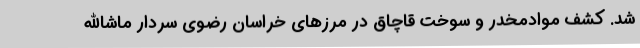
شد. کشف موادمخدر و سوخت قاچاق در مرزهای خراسان رضوی سردار ماشاالله